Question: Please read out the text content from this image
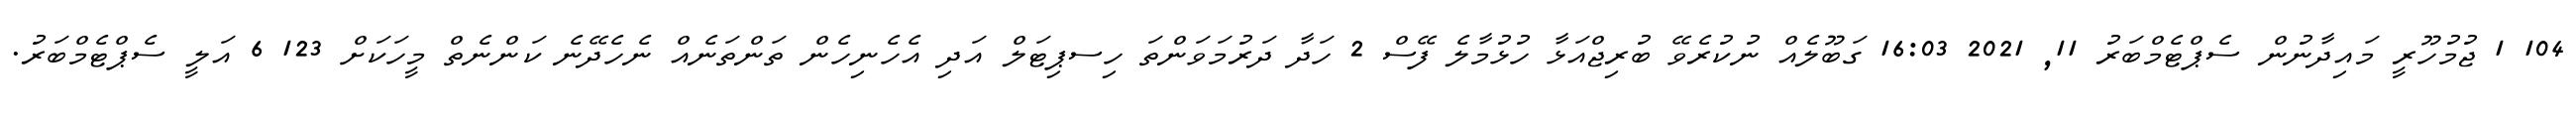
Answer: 104 1 ޖުމުހޫރީ މައިދާނުން ސެޕްޓެމްބަރު 11, 2021 16:03 ގަބޫލެއް ނުކުރެވޭ ބުރިޖްއަޅާ ހުޅުމާލެ ފޭސް 2 ހަދާ ދަރުމަވަންތަ ހިސޕިޓަލް އަދި އެހެނިހެން ތަންތަނެއް ނެހެދޭނެ ކަންނެތް މީހަކަށް 123 6 އަލީ ސެޕްޓެމްބަރު.